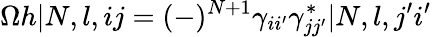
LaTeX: \Omega h|N,l,ij=(-)^{N+1}\gamma_{ii^{\prime}}\gamma_{jj^{\prime}}^{*}|N,l,j^{\prime}i^{\prime}